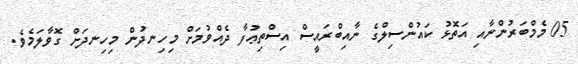
05 މެމްބަރުންނާއި އަތޮޅު ކައުންސިލްގެ ނާއިބްރައީސް އިސްތިޢުފާ ދެއްވުމަށް މިހިނދުން މިހިނދަށް ގޮވާލަމެވެ.